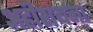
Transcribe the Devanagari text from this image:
अहीशयना